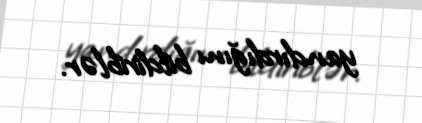
yandırdığını bildiriblər.